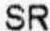
SR